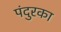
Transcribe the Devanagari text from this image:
पंदुरका